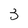
Character: 3